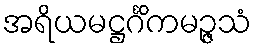
အရိယမဋ္ဌင်္ဂိကမဉ္ဇသံ